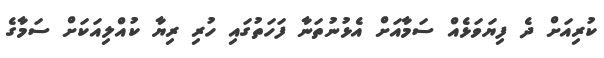
ކުރިއަށް ދެ ފިޔަވަޅެއް ސަމާއަށް އެޅުނުތަނާ ފަހަތުގައި ހުރި ރިޔާ ކުއްލިއަކަށް ސަމާގެ